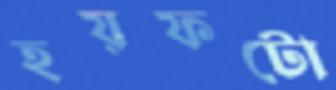
হয়ফটো